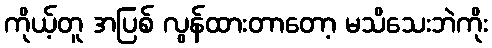
ကိုယ့်တူ အပြစ် လွန်ထားတာတော့ မသိသေးဘဲကိုး